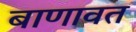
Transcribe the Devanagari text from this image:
बाणावत